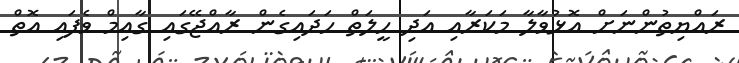
ރައްޔިތުންނަށް އޮޅުވާލާ މަކަރާއި އަދި ހީލަތް ހަދައިގެން ރާއްޖޭގައި ގާއިމް ވެފައި އޮތް